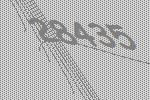
28435